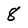
Character: 8